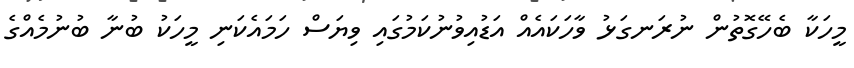
މީހަކާ ބެހޭގޮތުން ނުރަނގަޅު ވާހަކައެއް އަޑުއިވުނުކަމުގައި ވިޔަސް ހަމައެކަނި މީހަކު ބުނާ ބުނުމެއްގެ